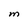
Character: M